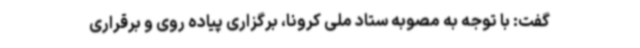
گفت: با توجه به مصوبه ستاد ملی کرونا، برگزاری پیاده روی و برقراری